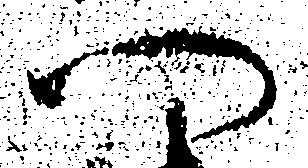
門